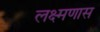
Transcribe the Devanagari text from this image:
लक्ष्मणास